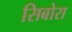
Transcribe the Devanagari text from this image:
सिबोरा